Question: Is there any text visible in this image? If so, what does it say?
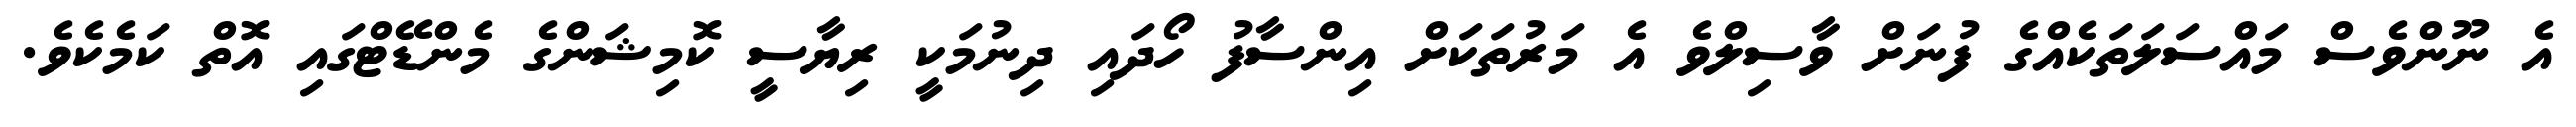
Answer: އެ ނޫންވެސް މައްސަލަތަކެއްގެ ފުނަށް ވާސިލްވެ އެ މަރުތަކަށް އިންސާފު ހޯދައި ދިނުމަކީ ރިޔާސީ ކޮމިޝަންގެ މެންޑޭޓްގައި އޮތް ކަމެކެވެ.